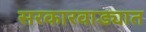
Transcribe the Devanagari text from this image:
सरकारवाड्यात